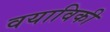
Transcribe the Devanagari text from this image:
वयाविकी